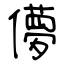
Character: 儚